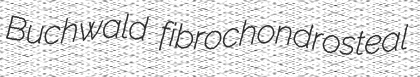
Buchwald fibrochondrosteal